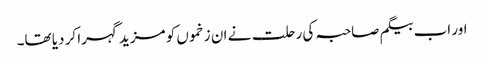
اور اب بیگم صاحبہ کی رحلت نے ان زخموں کو مزید گہرا کر دیا تھا۔